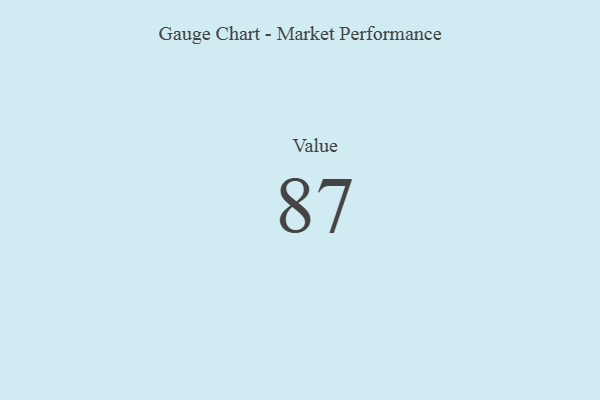
{"axis": {"x": "Metric", "y": "Value"}, "legend": [""], "data": [{"x": "Value", "y": 87, "type": ""}]}